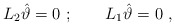
\begin{align*}L_2 \hat \vartheta =0\ ;\qquad L_1\hat\vartheta =0 \ ,\end{align*}